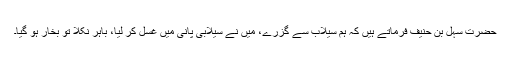
حضرت سہل بن حنیف فرماتے ہیں کہ ہم سیلاب سے گزرے، میں نے سیلابی پانی میں غسل کر لیا، باہر نکلا تو بخار ہو گیا۔